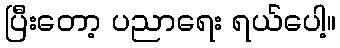
ပြီးတော့ ပညာရေး ရယ်ပေါ့။